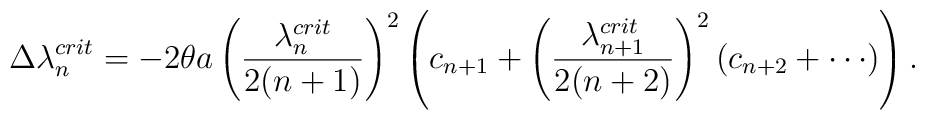
\Delta \lambda _n ^{crit} = - 2 \theta a \left( \frac{ \lambda _n ^{crit} }{2(n+1)} \right) ^2 \left( c_{n+1} +  \left( \frac{ \lambda _{n+1} ^{crit} }{2(n+2)} \right) ^2 \left( c_{n+2}  + \cdots \right) \right).